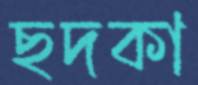
ছদকা